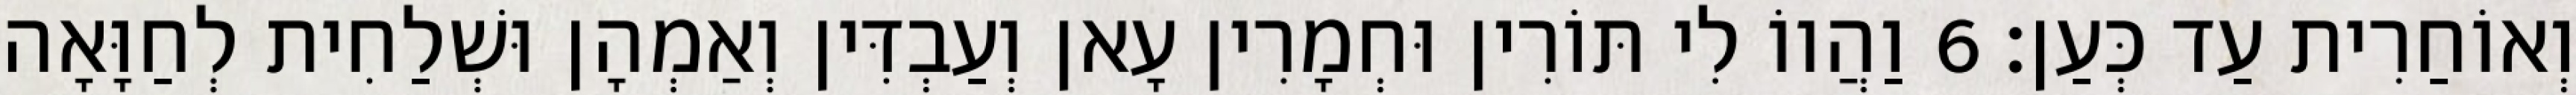
וְאוֹחַרִית עַד כְּעַן׃ 6 וַהֲווֹ לִי תּוֹרִין וּחְמָרִין עָאן וְעַבְדִּין וְאַמְהָן וּשְׁלַחִית לְחַוָּאָה